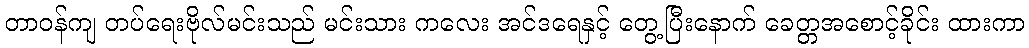
တာဝန်ကျ တပ်ရေးဗိုလ်မင်းသည် မင်းသား ကလေး အင်ဒရေနှင့် တွေ့ပြီးနောက် ခေတ္တအစောင့်ခိုင်း ထားကာ